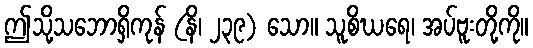
ဤသို့သဘောရှိကုန် (နိ၊ ၂၃၉) သော။ သူစိဃရေ၊ အပ်ဗူးတို့ကို။